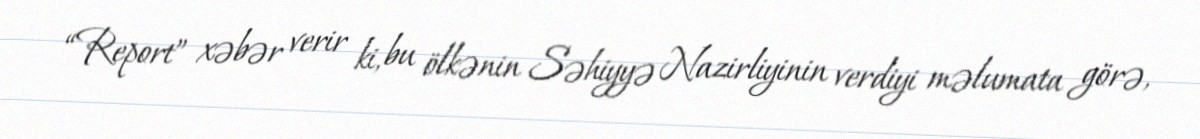
“Report” xəbər verir ki, bu ölkənin Səhiyyə Nazirliyinin verdiyi məlumata görə,